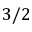
3 / 2